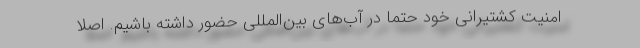
امنیت کشتیرانی خود حتماً در آب‌های بین‌المللی حضور داشته باشیم. اصلاً